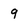
Character: 9